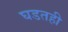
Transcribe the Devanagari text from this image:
घडतही